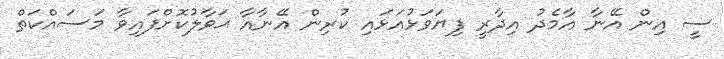
ސީ އިން އޭނާ އާމެދު އިދާރީ ފިޔަވަޅުއަޅައި ކުރިން އޭނާއާ ޙަވާލުކޮށްފައިވާ މަސައްކަތް